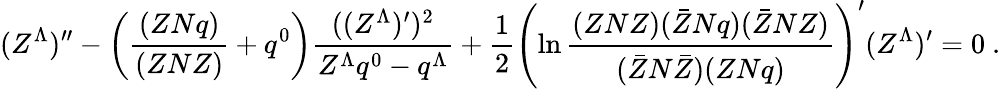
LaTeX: (Z^{\Lambda})^{\prime\prime}-\left({\frac{(ZNq)}{(ZNZ)}}+q^{0}\right){\frac{((Z^{\Lambda})^{\prime})^{2}}{Z^{\Lambda}q^{0}-q^{\Lambda}}}+{\frac{1}{2}}\left(\ln{\frac{(ZNZ)(\bar{Z}Nq)(\bar{Z}NZ)}{(\bar{Z}N\bar{Z})(ZNq)}}\right)^{\prime}(Z^{\Lambda})^{\prime}=0\ .